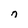
Character: n